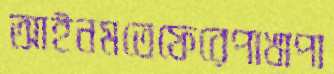
আইনমতেফেরেপাখাপা